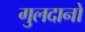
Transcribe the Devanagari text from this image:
गुलदानों